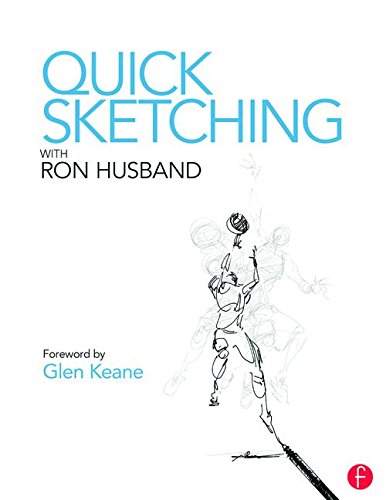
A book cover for Quick Sketching with Ron Husband; Ron Husband; Arts & Photography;